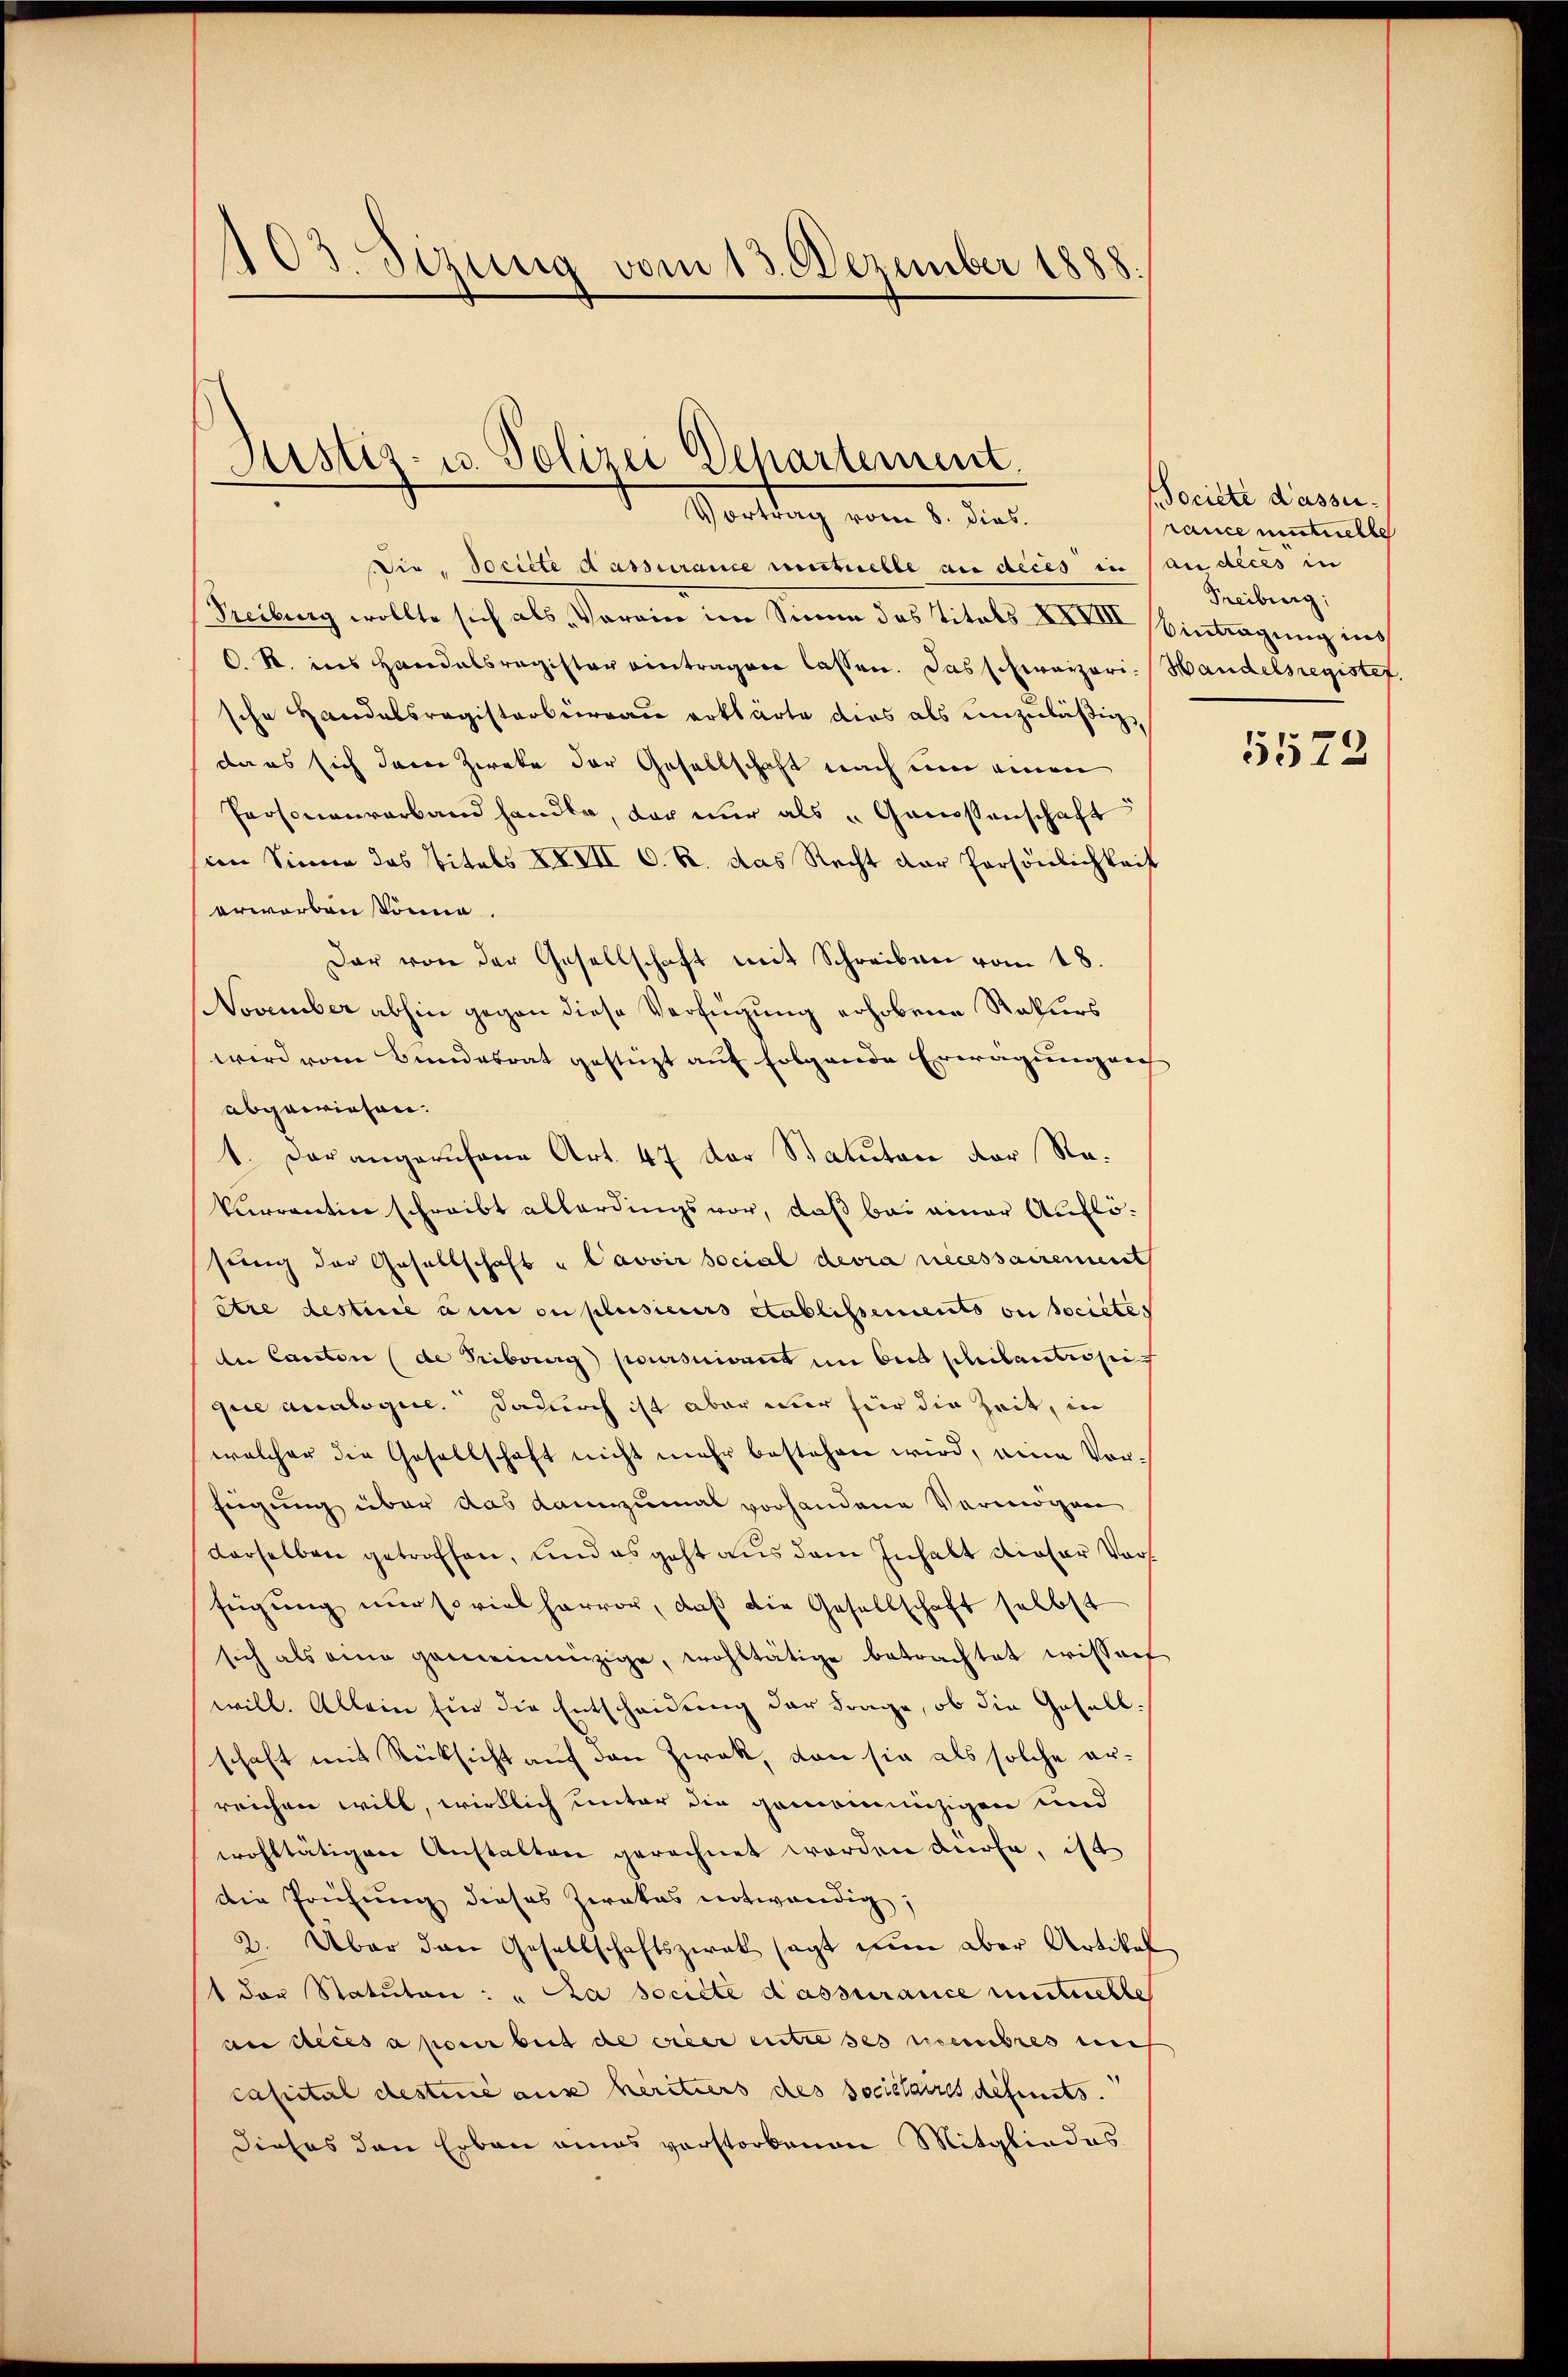
103. Sezung vom 13. Dezember 1888.

Justiz- u. Polizei Departement.
Vortrag vom 8. dies

Die, Societe Hassurance mutuelle an dices in an dices in
Freibung wollte sich als Verein im Sinne des Titels XXVIII Eintragung der
C. R. ins Handelsregister eintragen lassen. Das schweizeri-Handelsregistet.
sche Handelsregisterbüreau erklärte dies als unzuläßigda es sich deren Zweke der Gesellschaft nach um einen
Personenverband handle, der nŭr als " Genossenschaft
sion Sinne das Titels XXIII 6. R. das Recht der Persönlichkeit
erworben könne.
Dar von der Gesellschaft mit Schreiben vom 18.
November abhin gegen diese Verfügung erhobene Raturs
wird vom Bundesrat gestüzt auf folgende Erwägungen
abgewiesen.
1. Der angerufene Art. 47 der Statuten der Rekurrentin schreibt allerdings vor, daß bei einer Auflösung der Gesellschaft u Pavvir social devra necessairement
etre desterie ain ou plusieurs etablissements ou societes
de Canton (de Tribung poursuivant in bis Philantissi
que analogie. Dadurch ist aber mir für die Zeit, in
welcher die Gesellschaft nicht mehr bestehen wird, eine Vorfügung über das dannzumal vorhandene Vermögen
derselben getroffen, und es geht aus dem Inhalt dieser Vors
fügung nur soviel hervor, daß die Gesellschaft selbst
sich als eine gemeinnüzige, wohltätige betrachtet wisserf
will. Allein für die Entscheidung der Frage, ob die Gesellschaft mit Rücksicht auf den Zwak, von sie als solche er-
reichen will, wirklich unter die gemeinnüzigen und
wohltätigen Anstalten gerechnet worden dürfe, ist
die Prüfung dieses Ziakas notwendig,
2. Über den Gesellschaftszwak sagt nun aber Artikel
t der Statuten: „La societe d’assurance mutuelle
an dices a pom beit die wieer entre ses erschres auf
capital destine aus heritzers des sociétaires definits.
Dieses den Erbau eines verstorbenen Mitgliedes

Societe dasse.
rance eintuelle
Treiburg,

5573